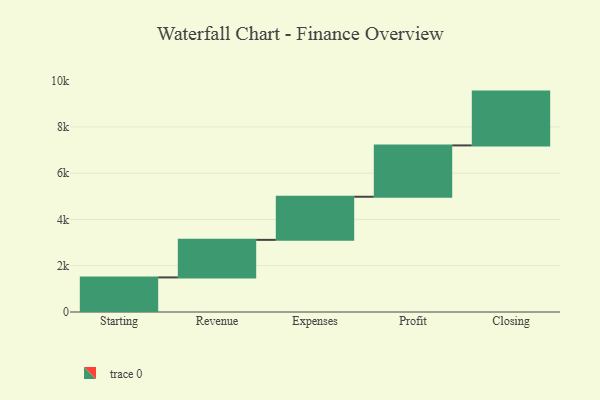
{"axis": {"x": "Step", "y": "Value"}, "legend": [""], "data": [{"x": "Starting", "y": 1495.0, "type": ""}, {"x": "Revenue", "y": 1623.0, "type": ""}, {"x": "Expenses", "y": 1864.0, "type": ""}, {"x": "Profit", "y": 2219.0, "type": ""}, {"x": "Closing", "y": 2326.0, "type": ""}]}